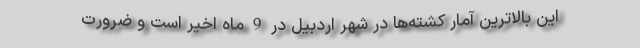
این بالاترین آمار کشته‌ها در شهر اردبیل در 9 ماه اخیر است و ضرورت